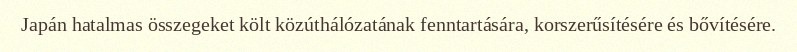
Japán hatalmas összegeket költ közúthálózatának fenntartására, korszerűsítésére és bővítésére.